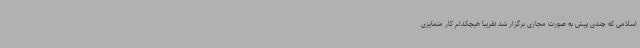
اسلامی که چندی پیش به صورت مجازی برگزار شد تقریبا هیچکدام کار متمایزی